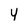
Character: 4